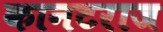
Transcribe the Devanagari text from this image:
कानटराज